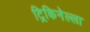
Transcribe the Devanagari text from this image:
ट्रिकिनेल्ला